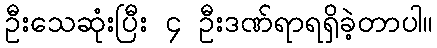
ဦးသေဆုံးပြီး ၄ ဦးဒဏ်ရာရရှိခဲ့တာပါ။